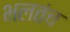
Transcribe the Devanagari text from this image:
भलतंच